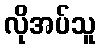
လိုအပ်သူ